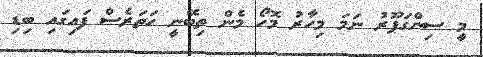
މީ ސިންގަޕޫރު ނަމަ މިހާރު މޮހޯ މެން ތިބޭނީ ހަތަރެސް ފައިގައި ބިޑި